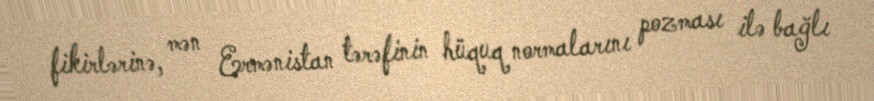
fikirlərinə, mən Ermənistan tərəfinin hüquq normalarını pozması ilə bağlı